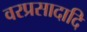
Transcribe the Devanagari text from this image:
वरप्रसादादि